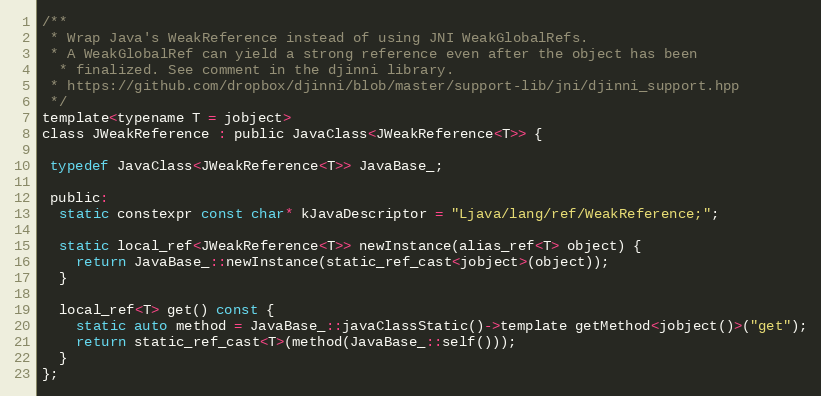
Language: C
/**
 * Wrap Java's WeakReference instead of using JNI WeakGlobalRefs.
 * A WeakGlobalRef can yield a strong reference even after the object has been
  * finalized. See comment in the djinni library.
 * https://github.com/dropbox/djinni/blob/master/support-lib/jni/djinni_support.hpp
 */
template<typename T = jobject>
class JWeakReference : public JavaClass<JWeakReference<T>> {

 typedef JavaClass<JWeakReference<T>> JavaBase_;

 public:
  static constexpr const char* kJavaDescriptor = "Ljava/lang/ref/WeakReference;";

  static local_ref<JWeakReference<T>> newInstance(alias_ref<T> object) {
    return JavaBase_::newInstance(static_ref_cast<jobject>(object));
  }

  local_ref<T> get() const {
    static auto method = JavaBase_::javaClassStatic()->template getMethod<jobject()>("get");
    return static_ref_cast<T>(method(JavaBase_::self()));
  }
};